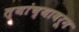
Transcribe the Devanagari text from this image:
त्यांच्यावरून